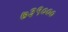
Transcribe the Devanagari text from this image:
७३९०००